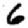
Digit: 6